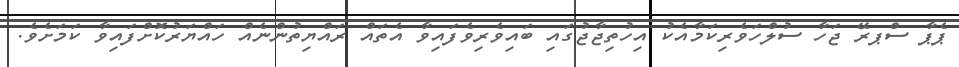
ޕެޕާ ސްޕރޭ ޖަހާ ސުލްހަވެރިކަމާއެކު އިހުތިޖާޖުގައި ބައިވެރިވެފައިވާ އެތައް ރައްޔިތުންނެއް ހައްޔަރުކޮށްފައިވާ ކަމަށެވެ.